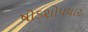
ષોડશોપચાર